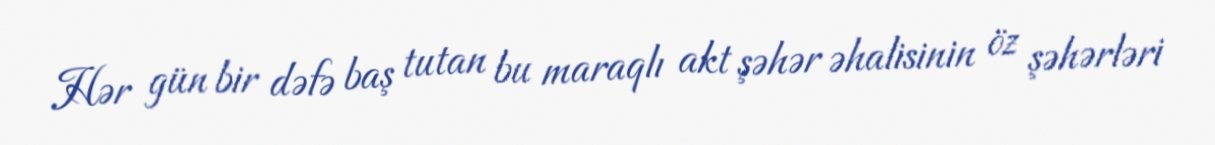
Hər gün bir dəfə baş tutan bu maraqlı akt şəhər əhalisinin öz şəhərləri